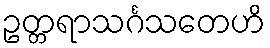
ဥတ္တရာသင်္ဂသတေဟိ